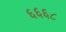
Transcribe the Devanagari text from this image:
६६६८